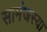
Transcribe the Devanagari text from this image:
सामंजस्या